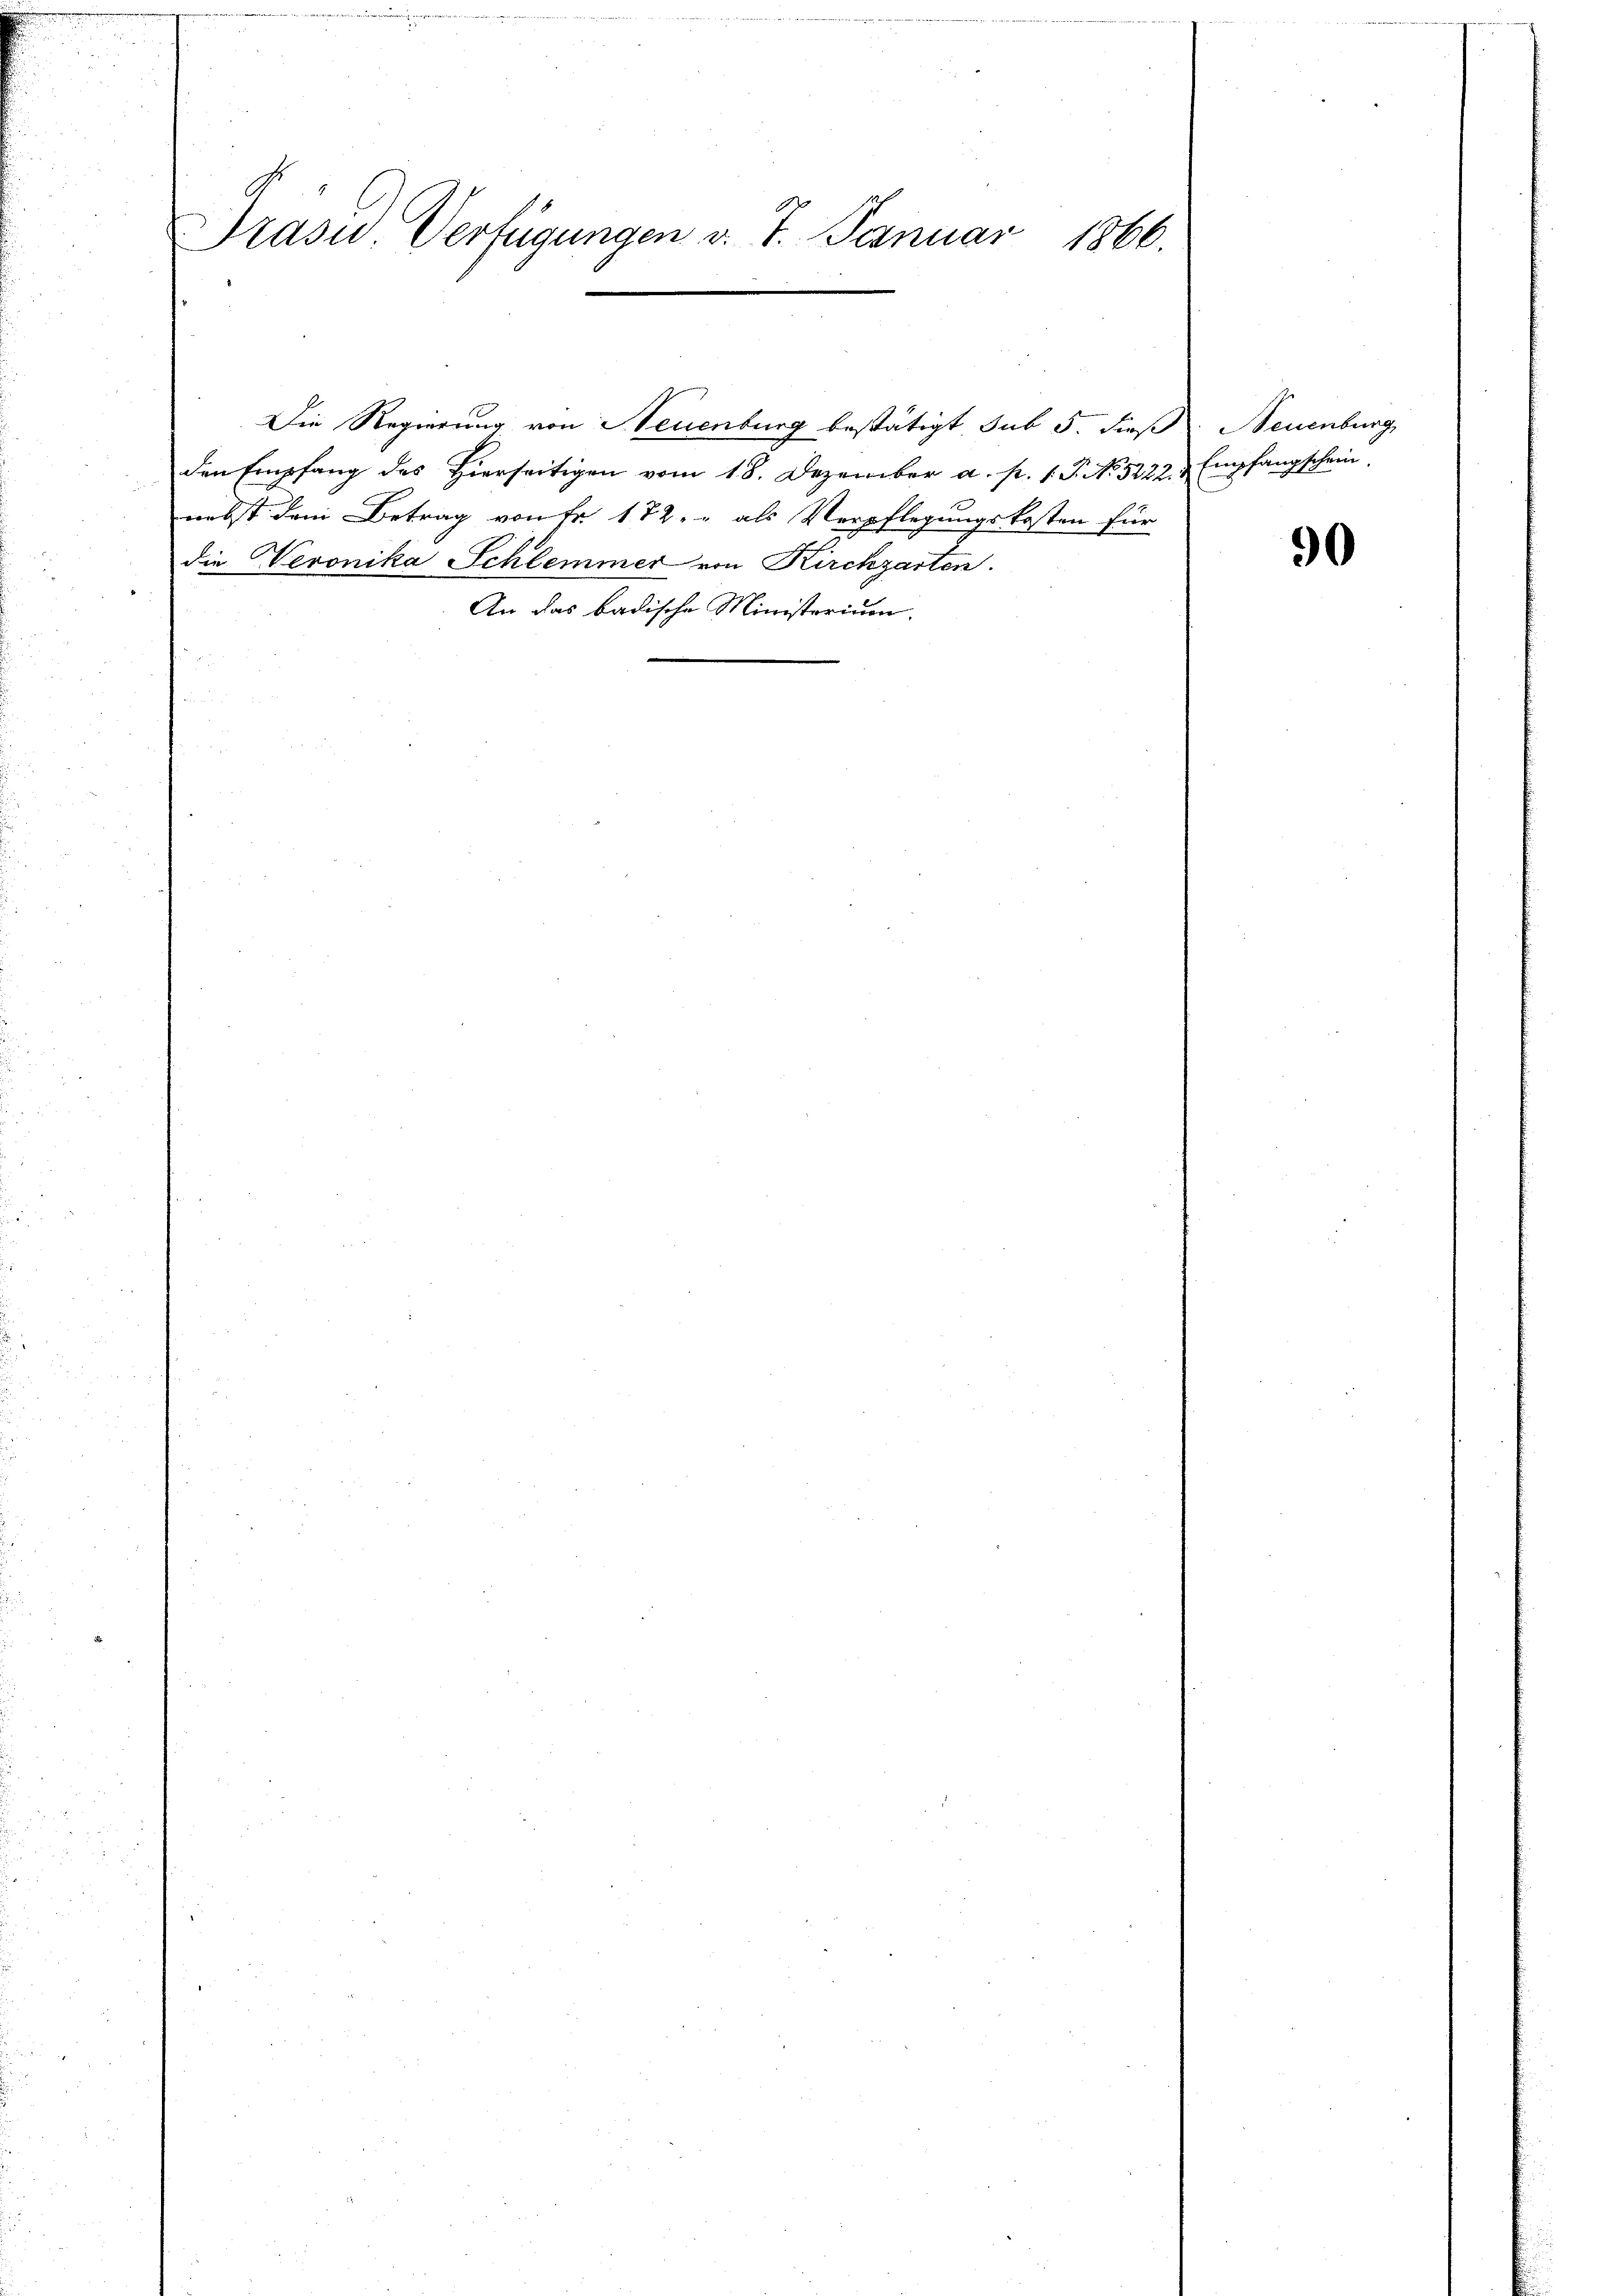
Präsid.. Verfügungen v. 7. Januar 1866.

Die Regierung von Neuenburg bestätigt, sub 5. dieß Neuenburg
den Empfang des Hierseitigen vom 18. Dezember a. p. 1. P. No. 5222.  Empfangschein
nebst dem Betrag von Fr. 172. " als Verpflegungskosten für
die Veronika Schlemmer von Kirchgarten.
An das badische Ministerium.

90